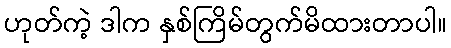
ဟုတ်ကဲ့ ဒါက နှစ်ကြိမ်တွက်မိထားတာပါ။